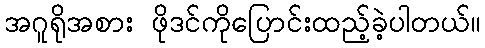
အဂူရိုအစား ဖိုဒင်ကိုပြောင်းထည့်ခဲ့ပါတယ်။